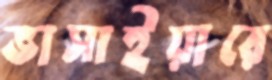
ভাসাইয়ারে